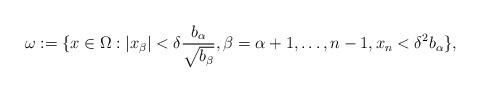
LaTeX: \begin{align*}\omega := \{x \in \Omega: |x_\beta| < \delta \frac{b_\alpha}{\sqrt{b_\beta}}, \beta = \alpha + 1, \ldots, n-1, x_n < \delta^2 b_\alpha\},\end{align*}